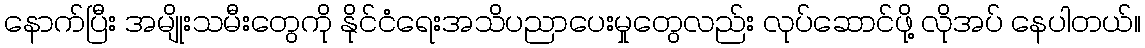
နောက်ပြီး အမျိုးသမီးတွေကို နိုင်ငံရေးအသိပညာပေးမှုတွေလည်း လုပ်ဆောင်ဖို့ လိုအပ် နေပါတယ်။